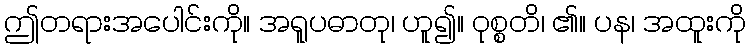
ဤတရားအပေါင်းကို။ အရူပဓာတု၊ ဟူ၍။ ဝုစ္စတိ၊ ၏။ ပန၊ အထူးကို